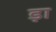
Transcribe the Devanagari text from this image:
ड़ा